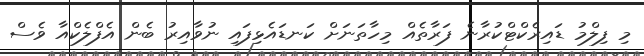
މި ފިލްމު ޑައިރެކްޓްކުރާނެ ފަރާތެއް މިހާތަނަށް ކަނޑައެޅިފައި ނުވާއިރު ބެން އެފްލެކްއާ ވެސް